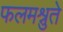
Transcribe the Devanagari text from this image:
फलमश्नुते